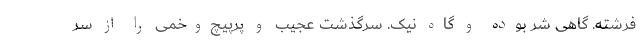
فرشته. گاهی شر بوده و گاه نیک. سرگذشت عجیب و پرپیچ‌وخمی را از سر